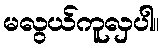
မလွယ်ကူလှပါ။